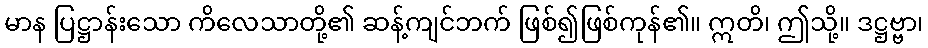
မာန ပြဋ္ဌာန်းသော ကိလေသာတို့၏ ဆန့်ကျင်ဘက် ဖြစ်၍ဖြစ်ကုန်၏။ ဣတိ၊ ဤသို့။ ဒဋ္ဌဗ္ဗာ၊